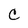
Character: C